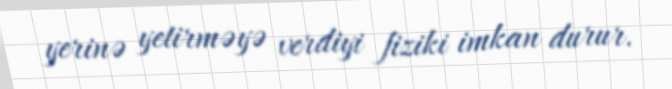
yerinə yetirməyə verdiyi fiziki imkan durur.